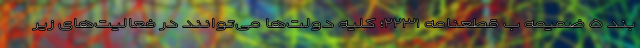
بند ۵ ضمیمه ب قطعنامه ۲۲۳۱؛ کلیه دولت‌ها می‌توانند در فعالیت‌های زیر